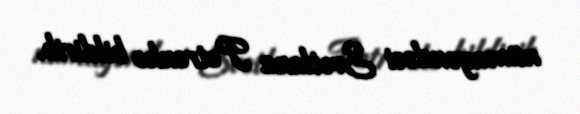
nümayəndəsi Svetlana Petrenko bildirib.